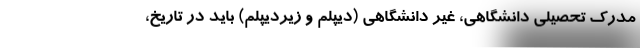
مدرک تحصیلی دانشگاهی، غیر دانشگاهی (دیپلم و زیردیپلم) باید در تاریخ،